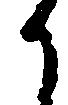
候